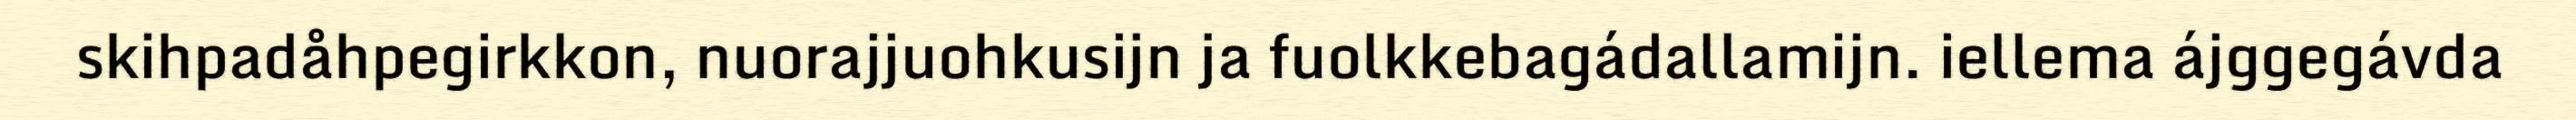
skihpadåhpegirkkon, nuorajjuohkusijn ja fuolkkebagádallamijn. iellema ájggegávda